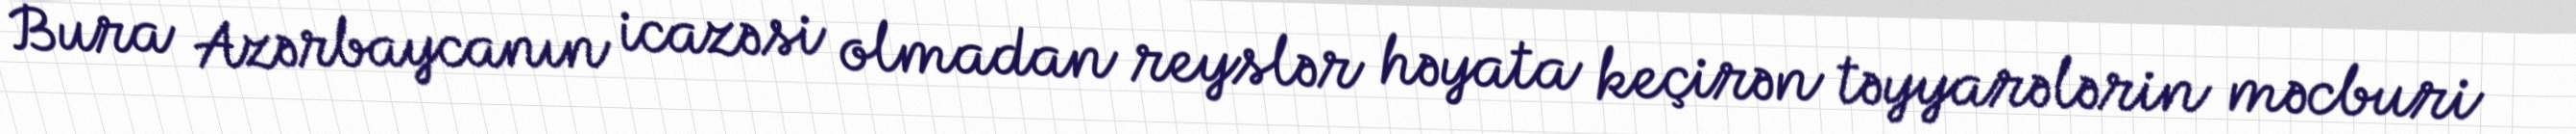
Bura Azərbaycanın icazəsi olmadan reyslər həyata keçirən təyyarələrin məcburi